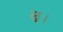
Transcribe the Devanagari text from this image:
ॡ।